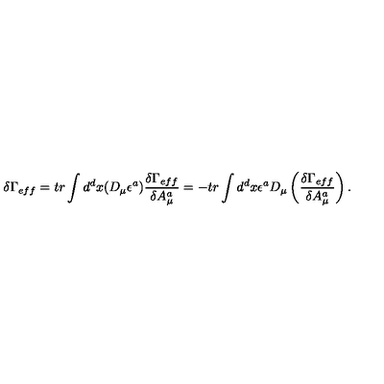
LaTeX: \delta \Gamma _ { e f f } = t r \int d ^ { d } x ( D _ { \mu } \epsilon ^ { a } ) \frac { \delta \Gamma _ { e f f } } { \delta A _ { \mu } ^ { a } } = - t r \int d ^ { d } x \epsilon ^ { a } D _ { \mu } \left( \frac { \delta \Gamma _ { e f f } } { \delta A _ { \mu } ^ { a } } \right) .